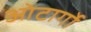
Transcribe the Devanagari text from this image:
ओटार्गो